65_HS1-834228961_62-HQ-83894_Serial_130
Agency: FBI
Page 15
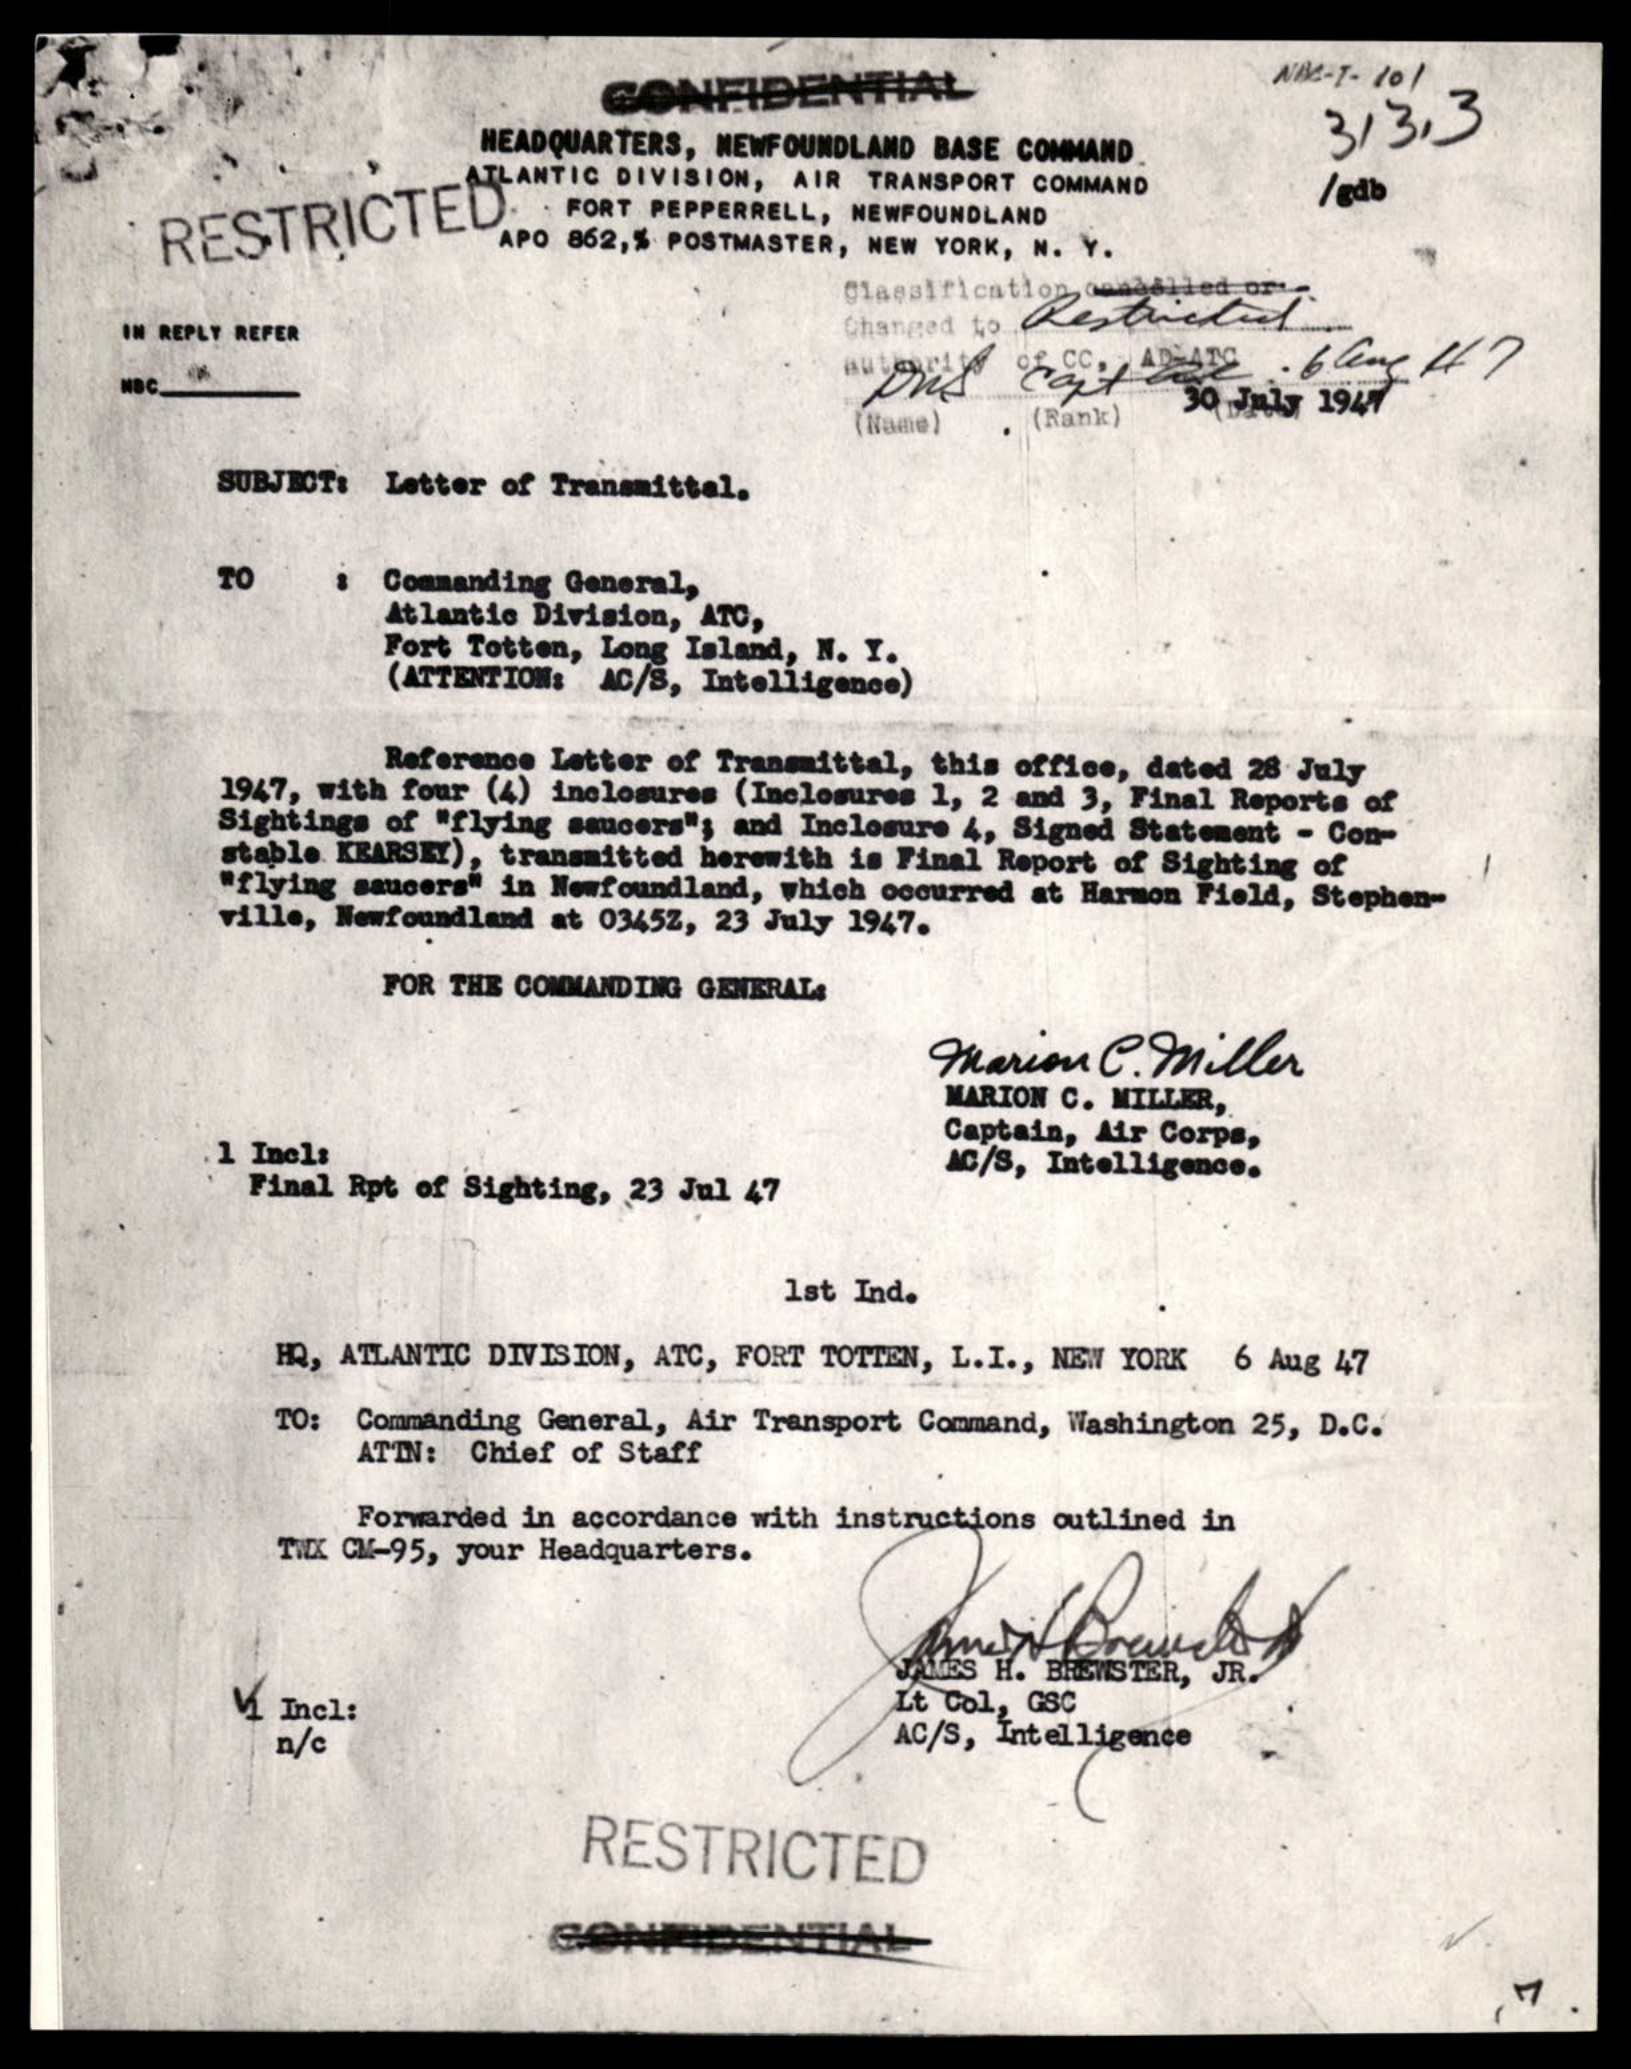